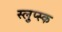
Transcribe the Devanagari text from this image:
स्लुप्स्क